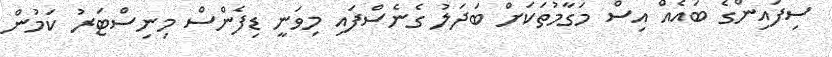
ސިފައިންގެ ބައެއް އިސް މަގާމުތަކަށް ބަދަލު ގެނެސްފައި މިވަނީ ޑިފެންސް މިނިސްޓަރު ކަމުން